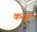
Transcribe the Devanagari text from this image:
करहुँ